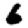
Digit: 6